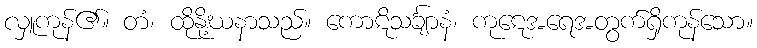
လှူကုန်၏။ တံ၊ ထိုနို့ဃနာသည်။ ကောဋိသင်္ချာနံ၊ ကုဋေအရေအတွက်ရှိကုန်သော။